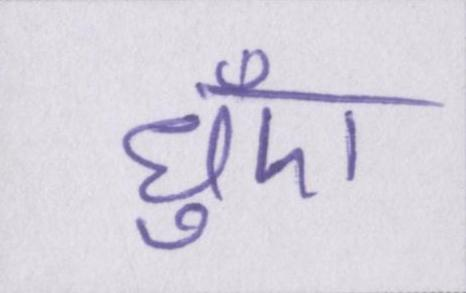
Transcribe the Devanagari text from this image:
धुँए